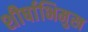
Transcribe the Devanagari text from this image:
शीर्षाभिमुख